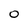
Character: O